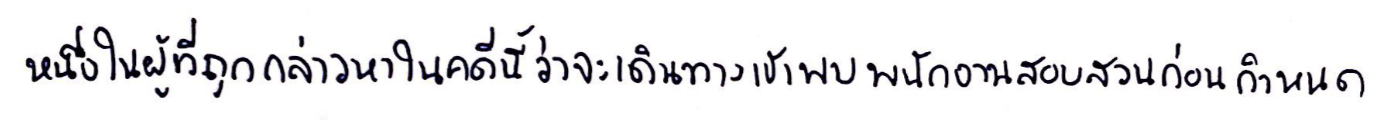
หนึ่งในผู้ที่ถูกกล่าวหาในคดีนี้ว่าจะเดินทางเข้าพบพนักงานสอบสวนก่อนกำหนด